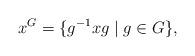
LaTeX: \begin{align*}x^G = \{g^{-1}xg\mid g\in G\},\end{align*}